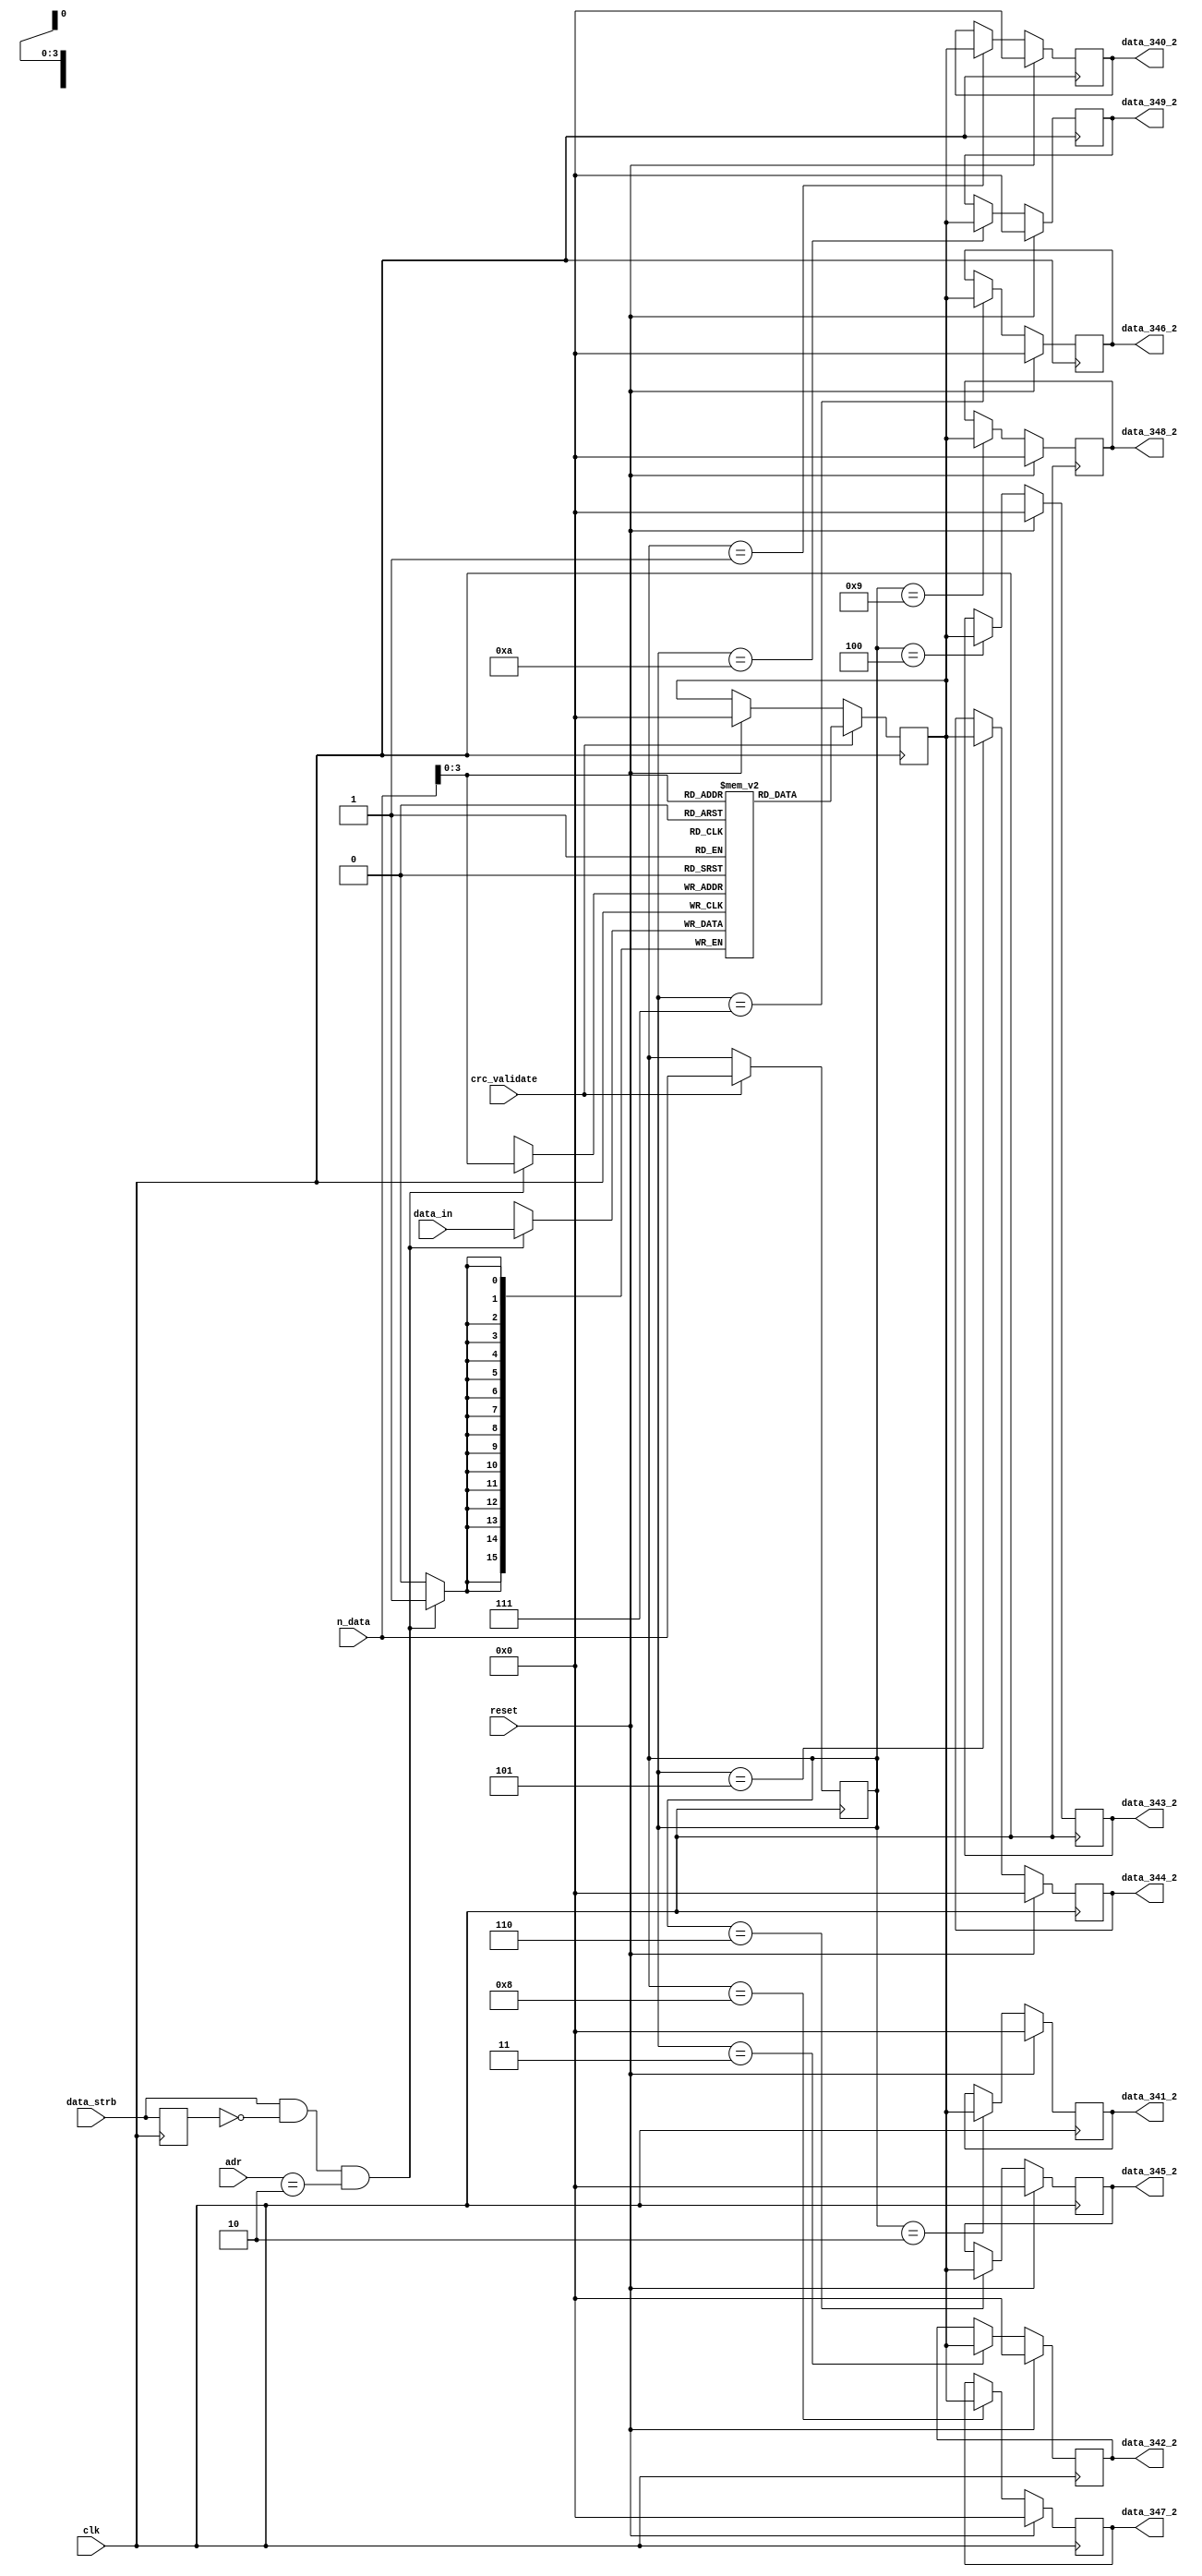
module data_demux_2 (
								input 		 clk,
								input [7:0]  adr,
								input [7:0]  n_data,
								input [15:0] data_in,
								input 		 data_strb,
								input        crc_validate,
								input 		 reset,
																	output reg [15:0] data_340_2,
																	output reg [15:0] data_341_2,
																	output reg [15:0] data_342_2,
																	output reg [15:0] data_343_2,
																	output reg [15:0] data_344_2,
																	output reg [15:0] data_345_2,
																	output reg [15:0] data_346_2,
																	output reg [15:0] data_347_2,
																	output reg [15:0] data_348_2,
																	output reg [15:0] data_349_2
																											);

parameter [7:0]  slave_id        = 2;
parameter [7:0]  number_of_reg   = 10;

(*ramstyle = "no_rw_check"*)reg [15:0] mem [number_of_reg:0];
	
      reg        previous_strb_0 =  1'b0;
		
		reg [15:0] data_buff       = 16'h0000;
		reg [7:0]  n               =  8'h00;
		
initial begin
	data_340_2 = 16'h0000;
	data_341_2 = 16'h0000;
	data_342_2 = 16'h0000;
	data_343_2 = 16'h0000;
	data_344_2 = 16'h0000;
	data_345_2 = 16'h0000;
	data_346_2 = 16'h0000;
	data_347_2 = 16'h0000; 
	data_348_2 = 16'h0000;
	data_349_2 = 16'h0000;
end


always @(posedge clk) begin
	
	if(reset)
		data_buff <= 16'h0000;
	else begin end
	
	previous_strb_0 <= data_strb;

	if(data_strb && !previous_strb_0 && adr == slave_id) begin
		mem[n_data] <= data_in;
	end
	else begin end

	
	if(crc_validate) begin	
			data_buff <= mem[n_data];
			n <= n_data;
	end
	else begin end
	
end

always @(posedge clk) begin
	
	if(reset) begin
		data_340_2 <= 16'h0000;
		data_341_2 <= 16'h0000;
		data_342_2 <= 16'h0000;
		data_343_2 <= 16'h0000;
		data_344_2 <= 16'h0000;
		data_345_2 <= 16'h0000;
		data_346_2 <= 16'h0000;
		data_347_2 <= 16'h0000; 
		data_348_2 <= 16'h0000;
		data_349_2 <= 16'h0000;
	end
	else begin
	
		case(n)
		
			1:  data_340_2 <= data_buff;
			2:  data_341_2 <= data_buff;
			3:  data_342_2 <= data_buff;
			4:  data_343_2 <= data_buff;
			5:  data_344_2 <= data_buff;
			6:  data_345_2 <= data_buff;
			7:  data_346_2 <= data_buff;
			8:  data_347_2 <= data_buff;
			9:  data_348_2 <= data_buff;
			10: data_349_2 <= data_buff;
			
			default: begin end
		endcase
	
	end
		
end

endmodule